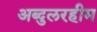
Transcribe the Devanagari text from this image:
अब्दुलरहीम